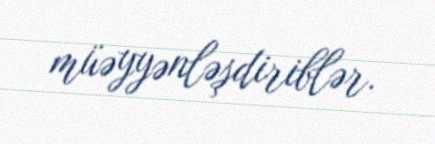
müəyyənləşdiriblər.